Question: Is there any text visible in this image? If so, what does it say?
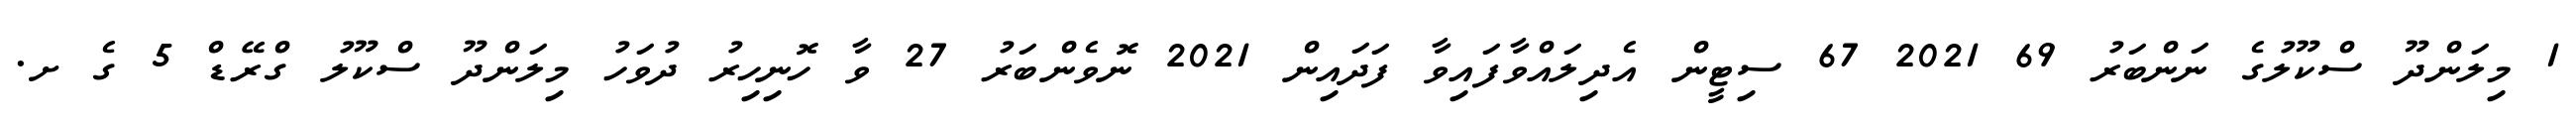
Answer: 1 މިލަންދޫ ސްކޫލުގެ ނަންބަރު 69 2021 67 ސިޓީން އެދިލައްވާފައިވާ ފަދައިން 2021 ނޮވެންބަރު 27 ވާ ހޮނިހިރު ދުވަހު މިލަންދޫ ސްކޫލު ގްރޭޑް 5 ގެ ށ.